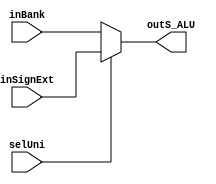
`timescale 1ns /1ps
module MuxBank_SignExt(
	input [31:0] inBank,inSignExt,
	input selUni,
	output reg [31:0] outS_ALU
);
always@(*)
begin
	if(selUni==1) outS_ALU=inSignExt;//Elegir guardar valor en memoria
	else outS_ALU=inBank;//Elegir guardar valor en  ALU
end
endmodule